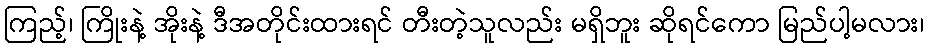
ကြည့်၊ ကြိုးနဲ့ အိုးနဲ့ ဒီအတိုင်းထားရင် တီးတဲ့သူလည်း မရှိဘူး ဆိုရင်ကော မြည်ပါ့မလား၊